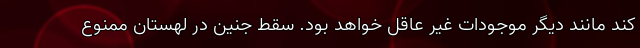
کند مانند دیگر موجودات غیر عاقل خواهد بود. سقط جنین در لهستان ممنوع